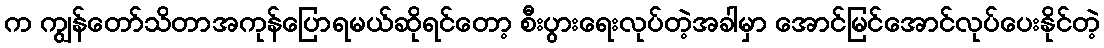
က ကျွန်တော်သိတာအကုန်ပြောရမယ်ဆိုရင်တော့ စီးပွားရေးလုပ်တဲ့အခါမှာ အောင်မြင်အောင်လုပ်ပေးနိုင်တဲ့